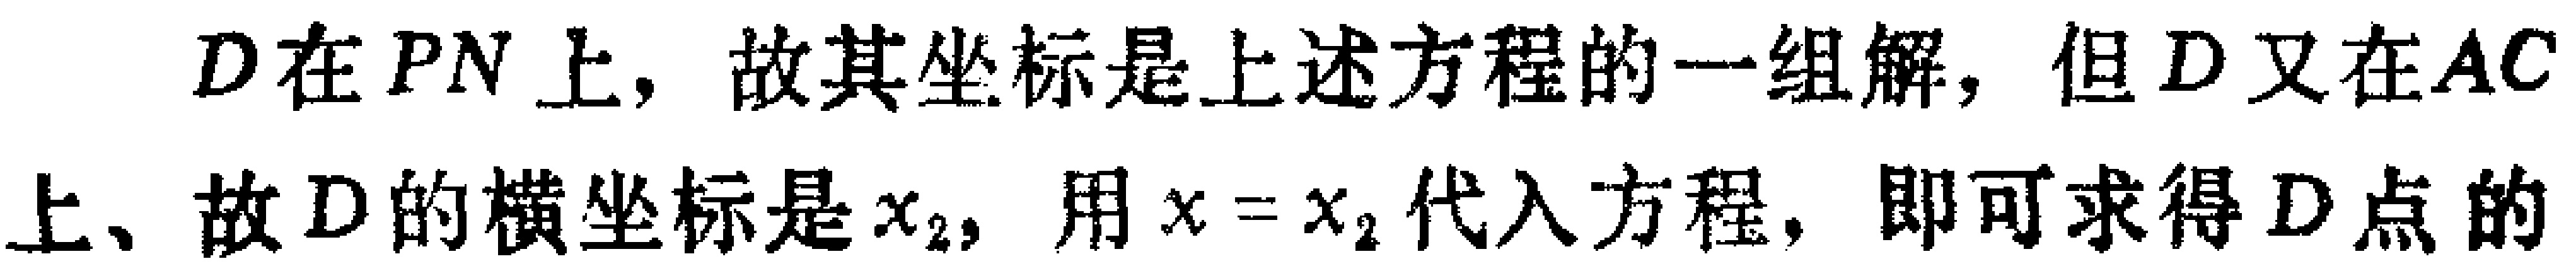
$D在PN上, 故其坐标是上述方程的一组解, 但D又在AC上、故D的横坐标是x_{2}, 用x = x_{2}代入方程, 即可求得D点的$